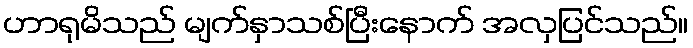
ဟာရုမိသည် မျက်နှာသစ်ပြီးနောက် အလှပြင်သည်။